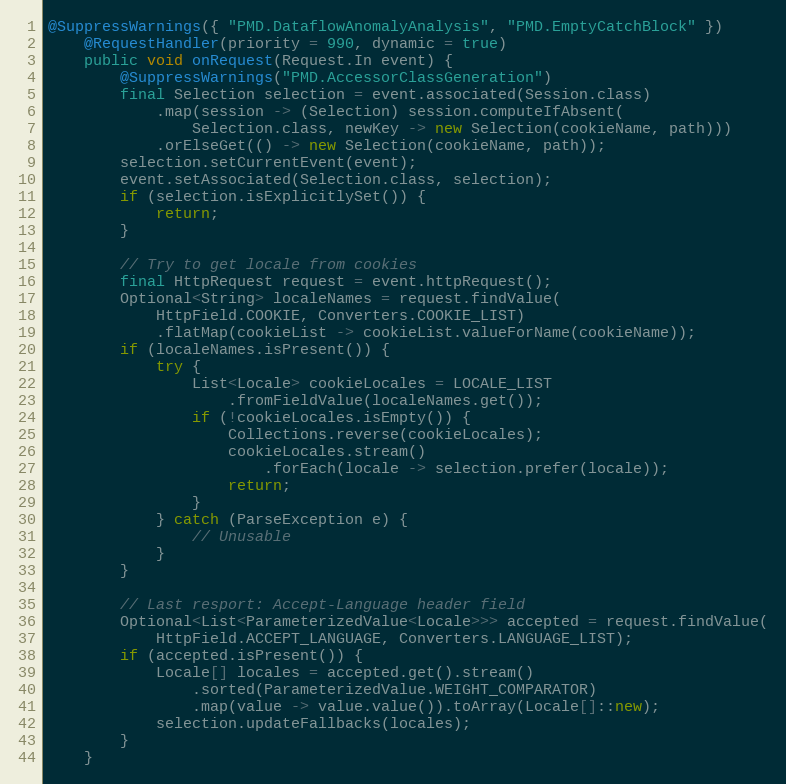
Language: Java
@SuppressWarnings({ "PMD.DataflowAnomalyAnalysis", "PMD.EmptyCatchBlock" })
    @RequestHandler(priority = 990, dynamic = true)
    public void onRequest(Request.In event) {
        @SuppressWarnings("PMD.AccessorClassGeneration")
        final Selection selection = event.associated(Session.class)
            .map(session -> (Selection) session.computeIfAbsent(
                Selection.class, newKey -> new Selection(cookieName, path)))
            .orElseGet(() -> new Selection(cookieName, path));
        selection.setCurrentEvent(event);
        event.setAssociated(Selection.class, selection);
        if (selection.isExplicitlySet()) {
            return;
        }

        // Try to get locale from cookies
        final HttpRequest request = event.httpRequest();
        Optional<String> localeNames = request.findValue(
            HttpField.COOKIE, Converters.COOKIE_LIST)
            .flatMap(cookieList -> cookieList.valueForName(cookieName));
        if (localeNames.isPresent()) {
            try {
                List<Locale> cookieLocales = LOCALE_LIST
                    .fromFieldValue(localeNames.get());
                if (!cookieLocales.isEmpty()) {
                    Collections.reverse(cookieLocales);
                    cookieLocales.stream()
                        .forEach(locale -> selection.prefer(locale));
                    return;
                }
            } catch (ParseException e) {
                // Unusable
            }
        }

        // Last resport: Accept-Language header field
        Optional<List<ParameterizedValue<Locale>>> accepted = request.findValue(
            HttpField.ACCEPT_LANGUAGE, Converters.LANGUAGE_LIST);
        if (accepted.isPresent()) {
            Locale[] locales = accepted.get().stream()
                .sorted(ParameterizedValue.WEIGHT_COMPARATOR)
                .map(value -> value.value()).toArray(Locale[]::new);
            selection.updateFallbacks(locales);
        }
    }